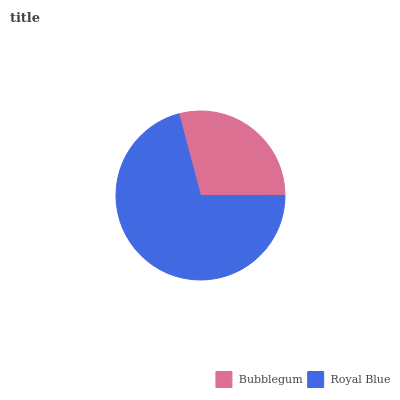
| Bubblegum | Royal Blue |
 | --- | --- |
 | 29.1% | 70.9% |